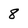
Character: 8